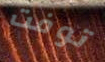
توفت